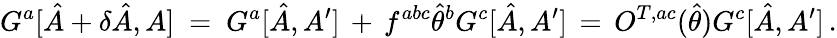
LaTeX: G^{a}[\hat{A}+\delta\hat{A},A]\ =\ G^{a}[\hat{A},A^{\prime}]\, +\, f^{abc}\hat{\theta}^{b}G^{c}[\hat{A},A^{\prime}]\, =\, O^{T,ac}(\hat{\theta})G^{c}[\hat{A},A^{\prime}]\, .